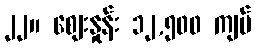
၂၂။ စျေးနှုန်း ၁၂,၅၀၀ ကျပ်